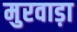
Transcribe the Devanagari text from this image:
मुरवाड़ा